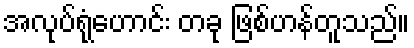
အလုပ်ရုံဟောင်း တခု ဖြစ်ဟန်တူသည်။